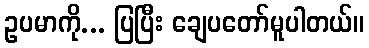
ဥပမာကို... ပြပြီး ချေပတော်မူပါတယ်။